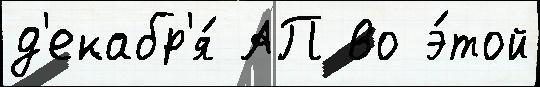
д'екабр'я́ АП во э́той